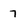
Character: 7